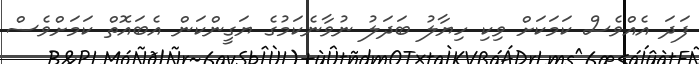
ފަދަ އެއްވެސް ކަމަކަށް ވިކި ހިޔާލު ބަދަލު ނުވާނެކަމުގެ ޔަގީންކަން އެބައޮތް ކަމަށްވެސް